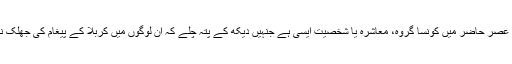
اسلام ٹائمز: عصر حاضر میں کونسا گروہ، معاشرہ یا شخصیت ایسی ہے جنہیں دیکھ کے پتہ چلے کہ ان لوگوں میں کربلا کے پیغام کی جھلک نظر آتی ہے۔